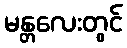
မန္တလေးတွင်